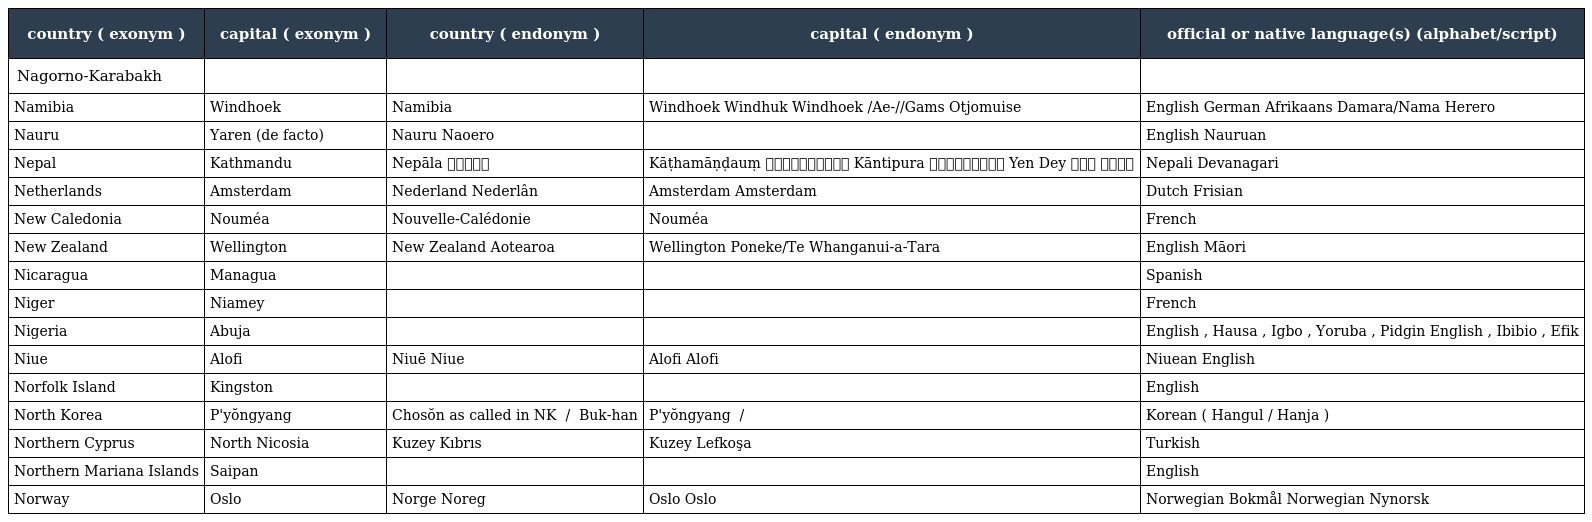
| country ( exonym ) | capital ( exonym ) | country ( endonym ) | capital ( endonym ) | official or native language(s) (alphabet/script) |
 | --- | --- | --- | --- | --- |
 | Nagorno-Karabakh |  |  |  |  |
 | Namibia | Windhoek | Namibia | Windhoek Windhuk Windhoek /Ae-//Gams Otjomuise | English German Afrikaans Damara/Nama Herero |
 | Nauru | Yaren (de facto) | Nauru Naoero |  | English Nauruan |
 | Nepal | Kathmandu | Nepāla नेपाल | Kāṭhamāṇḍauṃ काठमाण्डौं Kāntipura कान्तिपुर Yen Dey येँ देय्‌ | Nepali Devanagari |
 | Netherlands | Amsterdam | Nederland Nederlân | Amsterdam Amsterdam | Dutch Frisian |
 | New Caledonia | Nouméa | Nouvelle-Calédonie | Nouméa | French |
 | New Zealand | Wellington | New Zealand Aotearoa | Wellington Poneke/Te Whanganui-a-Tara | English Māori |
 | Nicaragua | Managua |  |  | Spanish |
 | Niger | Niamey |  |  | French |
 | Nigeria | Abuja |  |  | English , Hausa , Igbo , Yoruba , Pidgin English , Ibibio , Efik |
 | Niue | Alofi | Niuē Niue | Alofi Alofi | Niuean English |
 | Norfolk Island | Kingston |  |  | English |
 | North Korea | P'yŏngyang | Chosŏn as called in NK 조선 / 朝鮮 Buk-han | P'yŏngyang 평양 / 平壌 | Korean ( Hangul / Hanja ) |
 | Northern Cyprus | North Nicosia | Kuzey Kıbrıs | Kuzey Lefkoşa | Turkish |
 | Northern Mariana Islands | Saipan |  |  | English |
 | Norway | Oslo | Norge Noreg | Oslo Oslo | Norwegian Bokmål Norwegian Nynorsk |